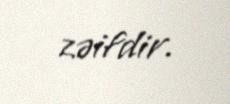
zəifdir.